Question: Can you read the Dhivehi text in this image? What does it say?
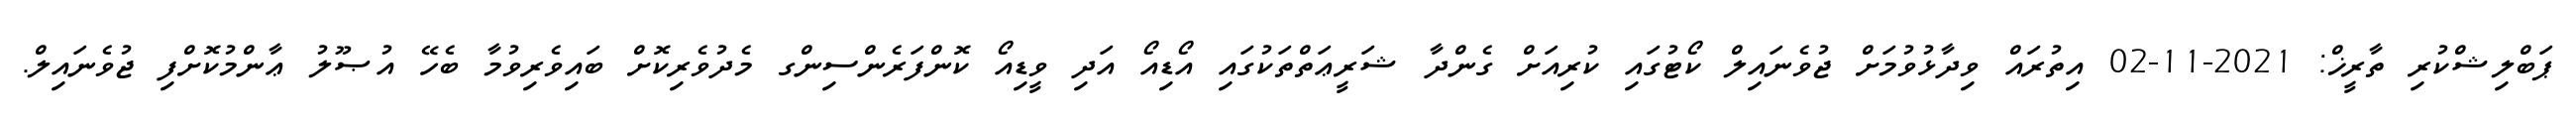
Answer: ޕަބްލިޝްކުރި ތާރީޚް: 2021-11-02 އިތުރައް ވިދާޅުވުމަށް ޖުވެނައިލް ކޯޓުގައި ކުރިއަށް ގެންދާ ޝަރީޢަތްތަކުގައި އޯޑިއޯ އަދި ވީޑިއޯ ކޮންފަރެންސިންގ މެދުވެރިކޮށް ބައިވެރިވުމާ ބެހޭ އުޞޫލު ޢާންމުކޮށްފި ޖުވެނައިލް.